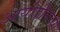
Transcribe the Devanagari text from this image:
आयोडीनच्या